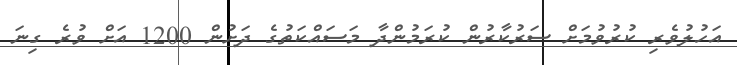
އަހުލުވެރި ކުރުވުމަށް ސަރުކާރުން ކުރަމުންދާ މަސައްކަތުގެ ދަށުން 1200 އަށް ވުރެ ގިނަ